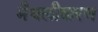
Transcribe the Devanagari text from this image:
मैथलीशरण